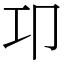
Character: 卭